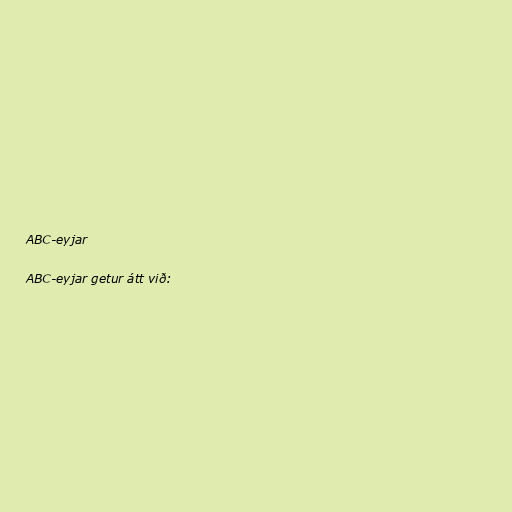
ABC-eyjar

ABC-eyjar getur átt við: